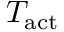
T _ { \mathrm { a c t } }